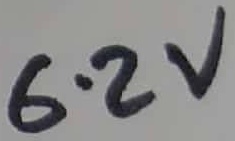
Text: 6.2V